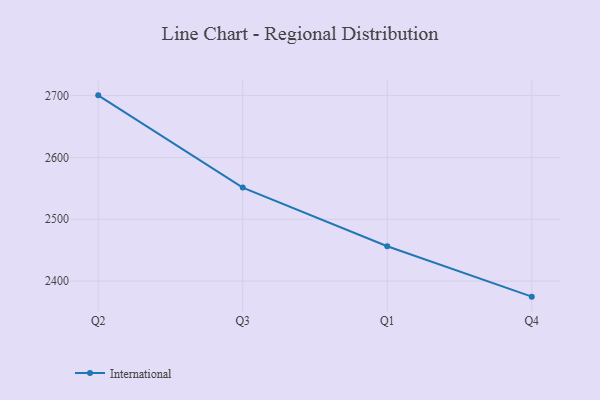
{"axis": {"x": "Quarter", "y": "Conversion Rate (%)"}, "legend": ["International"], "data": [{"x": "Q2", "y": 2700.4, "type": "International"}, {"x": "Q3", "y": 2551.3, "type": "International"}, {"x": "Q1", "y": 2456.5, "type": "International"}, {"x": "Q4", "y": 2374.9, "type": "International"}]}